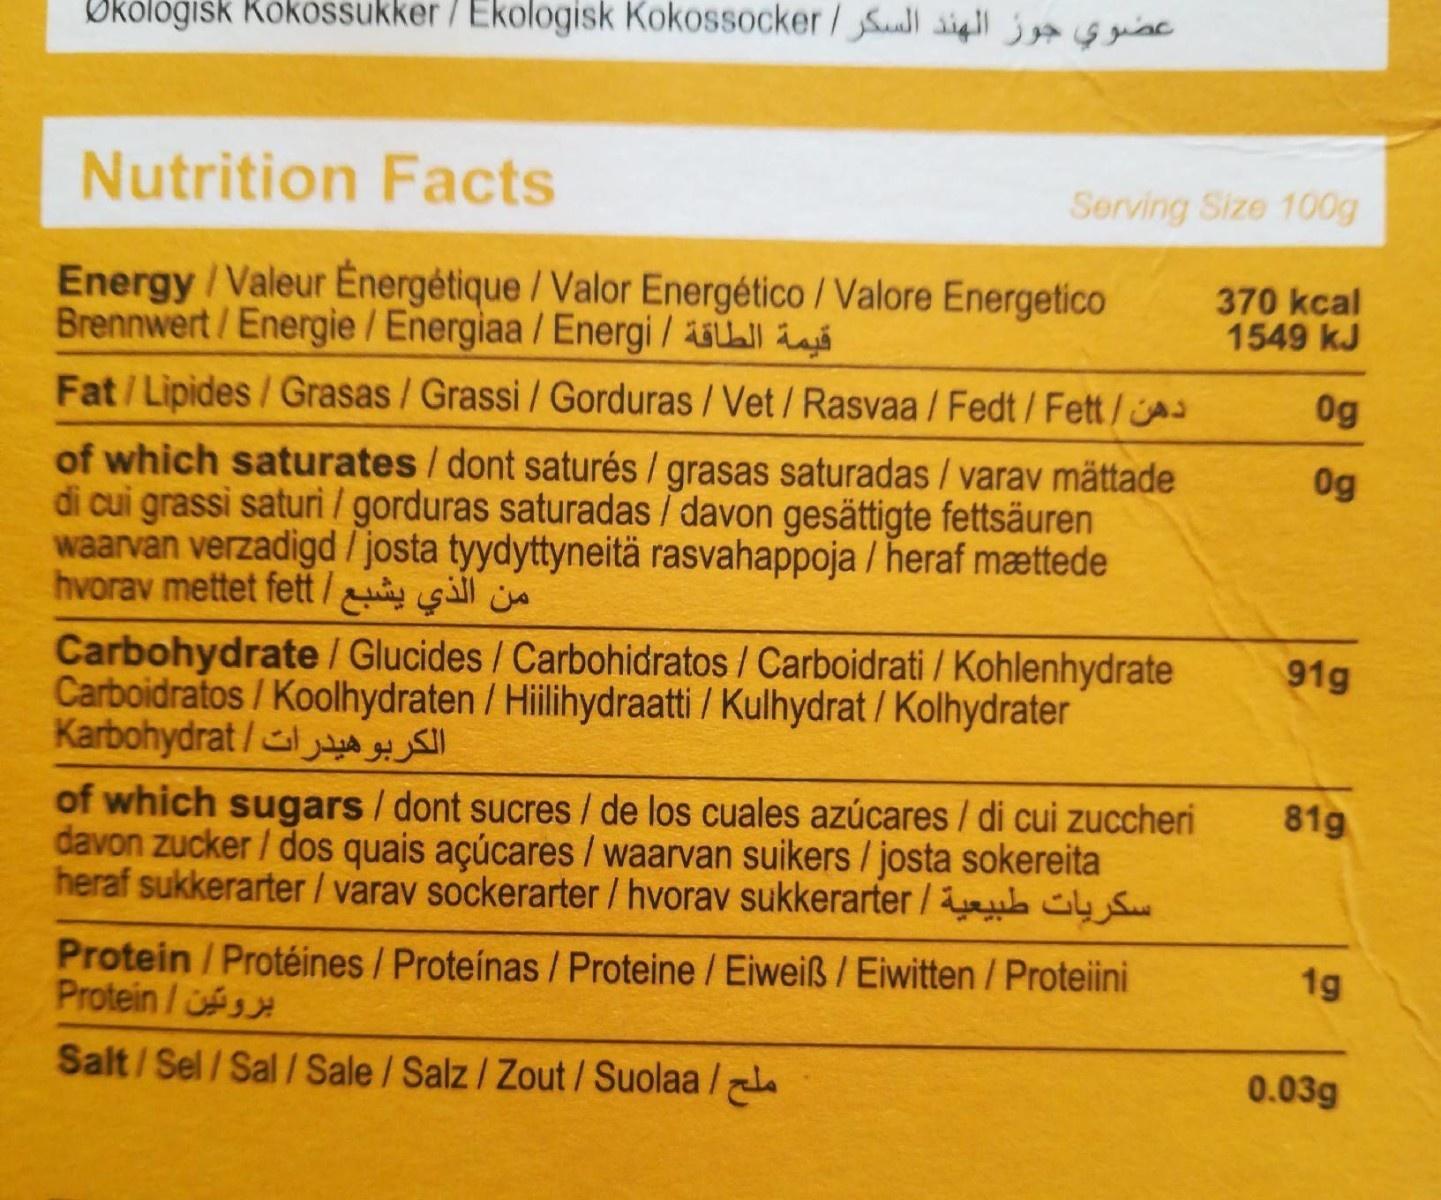
Økólogisk Rökossukker / Ekologisk Kokossocker Sauall sigl j g giac
Nutrition Facts
Serving Size 100g
Energy/Valeur Energėtique / Valor Energético / Valore Energetico Brennwert/Energie / Energiaa / Energi / ll gá
370 kcal 1549 kJ
Fat/Lipides/Grasas/ Grassi / Gorduras /Vet / Rasvaa / Fedt/Fett/s
0g
of which saturates/dont saturés / grasas saturadas / varav mättade di cui grassi saturi / gorduras saturadas / davon gesättigte fettsäuren waarvan verzadigd / josta tyydyttyneitä rasvahappoja / heraf mættede hvorav mettet fett / sll
0g
Carbohydrate / Glucides / Carbohidratos / Carboidrati / Kohlenhydrate Carboidratos/Koolhydraten / Hilihydraatti / Kulhydrat / Kolhydrater Karbohydrat /
91g
of which sugars/dont sucres/ de los cuales azúcares / di cui zuccheri davon zucker / dos quais açúcares /waarvan suikers / josta sokereita heraf sukkerarter/ varav sockerarter / hvorav sukkerarter / úy S
81g
Protein / Protéines / Proteínas /Proteine /Eiweiß / Eiwitten / Proteiini Protein/
1g
Salt/Sel/Sal / Sale /Salz/ Zout / Suolaa /
0.03g